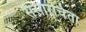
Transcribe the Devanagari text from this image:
संसारचिंता